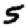
Digit: 5